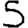
Digit: 5